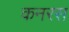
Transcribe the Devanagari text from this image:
कनरस